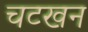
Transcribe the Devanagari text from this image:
चटखन